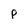
Character: P